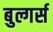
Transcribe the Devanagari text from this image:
बुल्गर्स